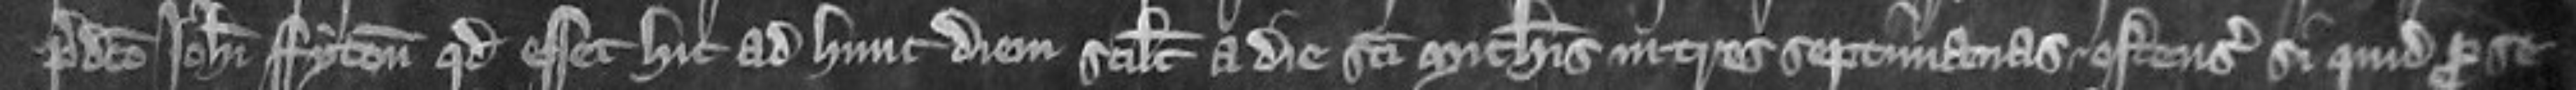
predicto Johanni Fyton quod esset hic ad hunc diem scilicet a die Sancti Michaelis in tres septimanas ostensurus si quid pro se